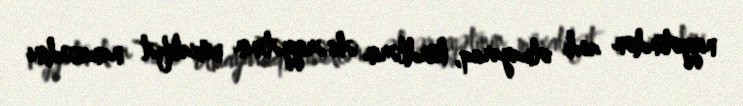
niyyətindən asılı olmayaraq, kürdlərin əksəriyyətinin müxalifət namizədini